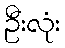
ဦးလုံး